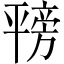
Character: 𪪇